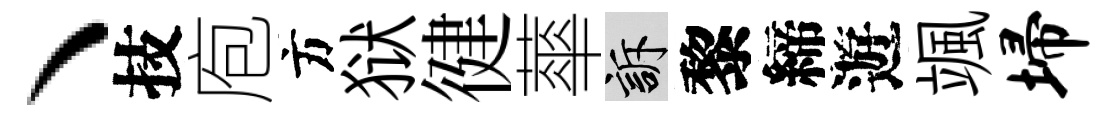
丶技庖方狱徤蕐訴黎締遊颯埽